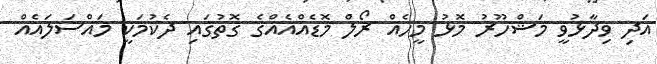
އަދި ވިދާޅުވީ މަޝްހޫރު މޮޅު މީހެއް ރޯލް މޮޑެއްއެއްގެ ގޮތުގައި ދެކުމަކީ މައްސަލައެއް